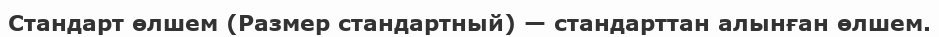
Стандарт өлшем (Размер стандартный) — стандарттан алынған өлшем.